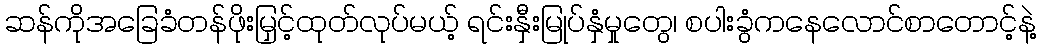
ဆန်ကိုအခြေခံတန်ဖိုးမြှင့်ထုတ်လုပ်မယ့် ရင်းနှီးမြုပ်နှံမှုတွေ၊ စပါးခွံကနေလောင်စာတောင့်နဲ့